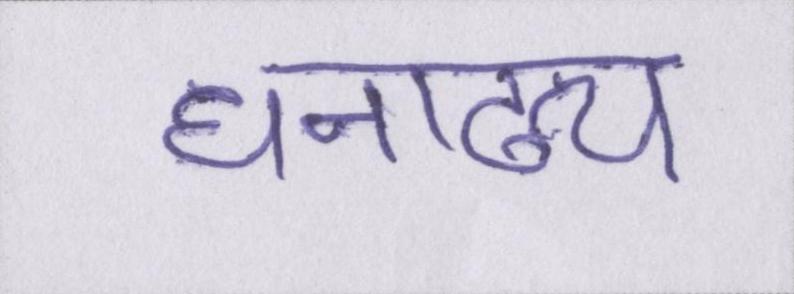
धनाढ्य